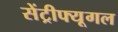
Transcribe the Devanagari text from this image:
सेंट्रीफ्यूगल